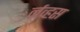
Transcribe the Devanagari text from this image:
र्नव्हस